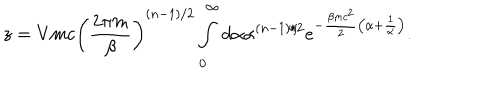
z = V m c \left( \frac { 2 \pi m } { \beta } \right) ^ { ( n - 1 ) / 2 } \int _ { 0 } ^ { \infty } d \alpha \alpha ^ { ( n - 1 ) / 2 } e ^ { - \frac { \beta m c ^ { 2 } } { 2 } \left( \alpha + \frac { 1 } { \alpha } \right) } .